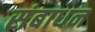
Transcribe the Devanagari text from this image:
संबाधन